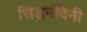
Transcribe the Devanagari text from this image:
सिद्धनंदिनी